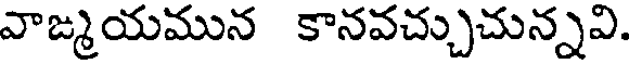
వాఙ్మయమున కానవచ్చుచున్నవి.